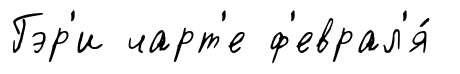
Гэр'и чарт'е ф'еврал'я́